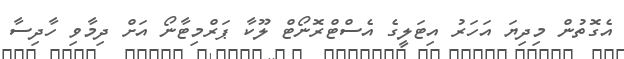
އެގޮތުން މިދިޔަ އަހަރު އިޓަލީގެ އެސްޓްރޮނޯޓް ލޫކާ ޕަރްމިޓާނޯ އަށް ދިމާވި ހާދިސާ